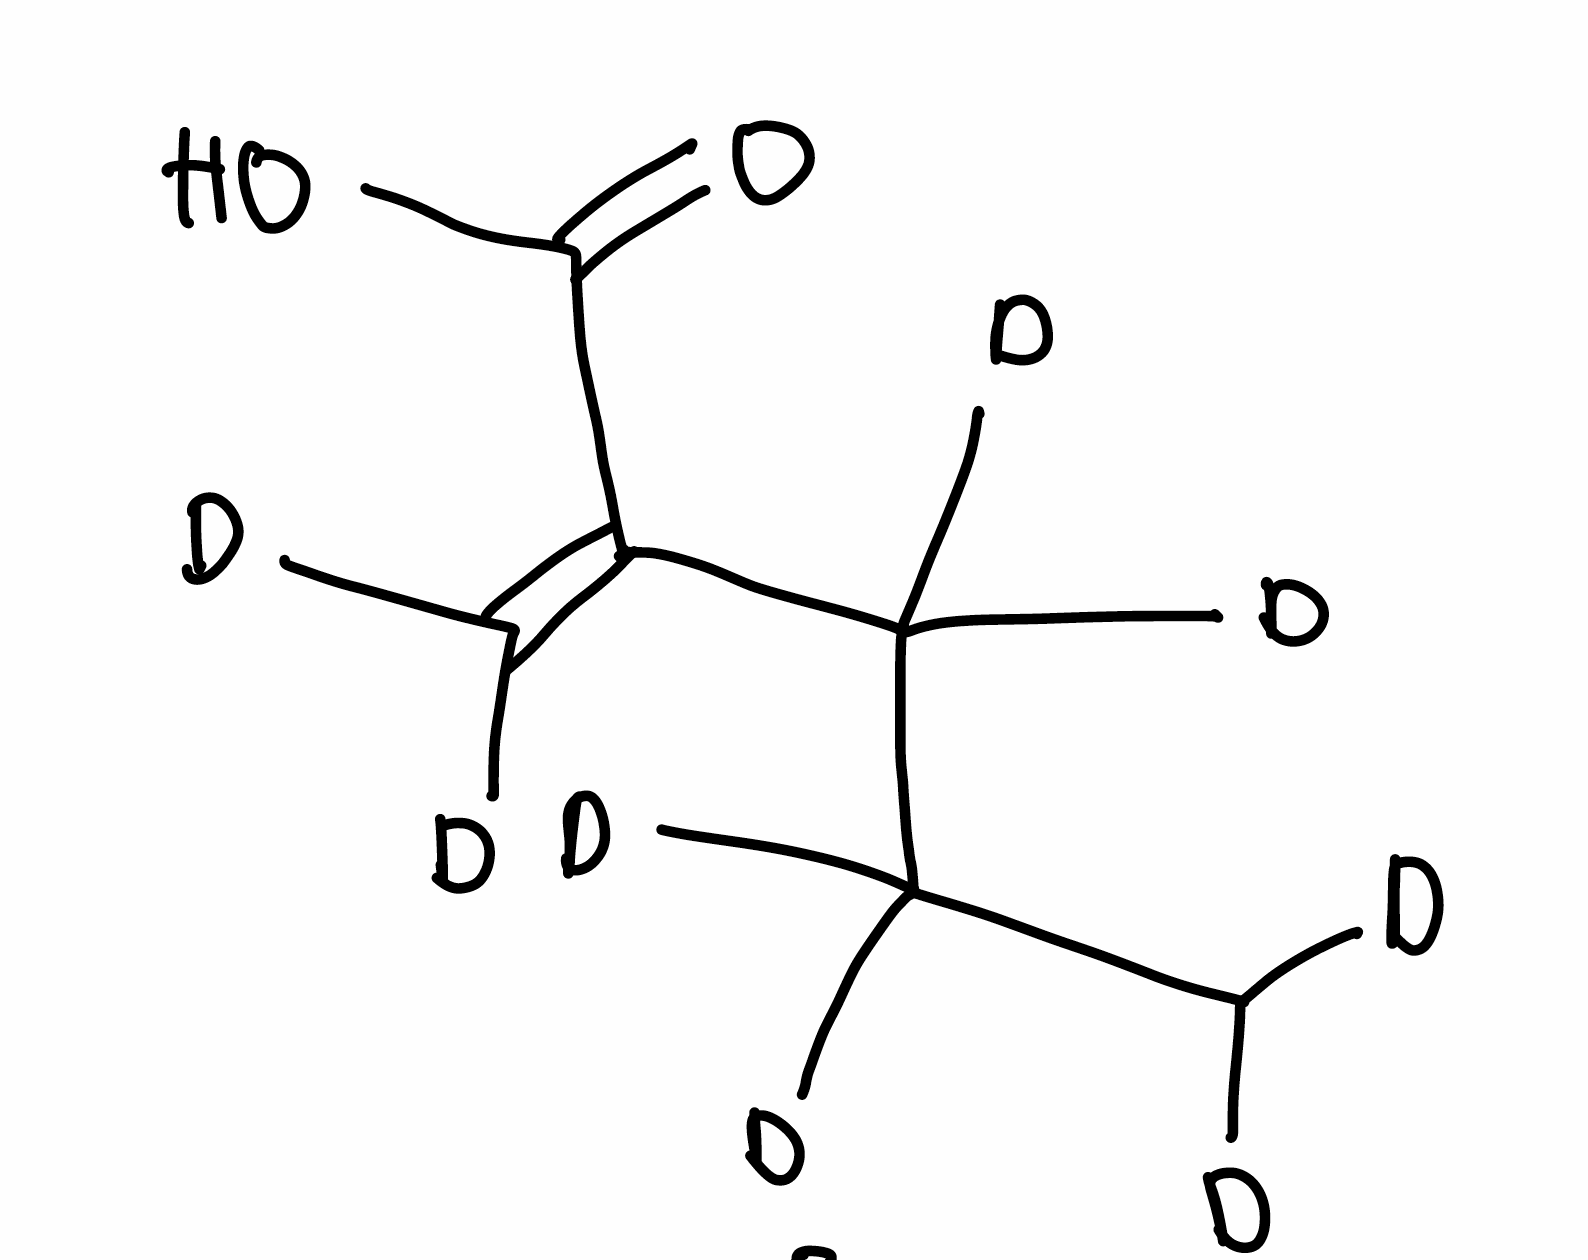
Simplified molecular-input line-entry system (SMILES) notation of the given molecule:
[2H]C([2H])C([2H])([2H])C([2H])([2H])C(=C([2H])[2H])C(=O)O